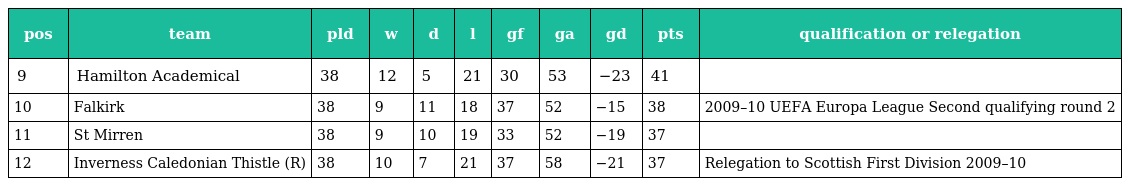
| pos | team | pld | w | d | l | gf | ga | gd | pts | qualification or relegation |
 | --- | --- | --- | --- | --- | --- | --- | --- | --- | --- | --- |
 | 9 | Hamilton Academical | 38 | 12 | 5 | 21 | 30 | 53 | −23 | 41 |  |
 | 10 | Falkirk | 38 | 9 | 11 | 18 | 37 | 52 | −15 | 38 | 2009–10 UEFA Europa League Second qualifying round 2 |
 | 11 | St Mirren | 38 | 9 | 10 | 19 | 33 | 52 | −19 | 37 |  |
 | 12 | Inverness Caledonian Thistle (R) | 38 | 10 | 7 | 21 | 37 | 58 | −21 | 37 | Relegation to Scottish First Division 2009–10 |